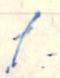
.t: